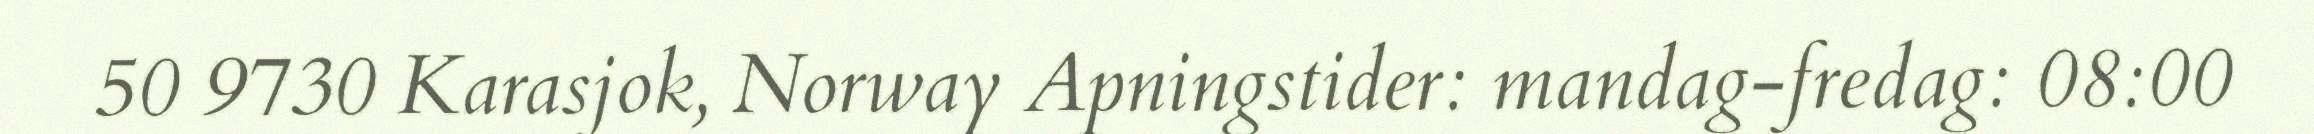
50 9730 Karasjok, Norway Apningstider: mandag-fredag: 08:00